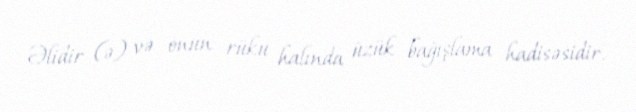
Əlidir (ə) və onun rüku halında üzük bağışlama hadisəsidir.